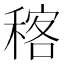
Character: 𥠑